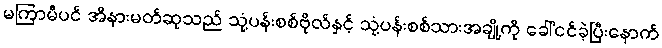
မကြာမီပင် အိနားမတ်ဆုသည် သုံ့ပန်းစစ်ဗိုလ်နှင့် သုံ့ပန်းစစ်သားအချို့ကို ခေါ်ငင်ခဲ့ပြီးနောက်